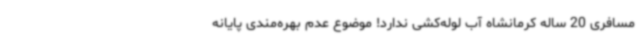
مسافری 20 ساله کرمانشاه آب لوله‌کشی ندارد! موضوع عدم بهره‌مندی پایانه